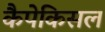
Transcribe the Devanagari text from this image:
कैपेकिसल